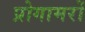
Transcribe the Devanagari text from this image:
प्रोगामरों